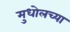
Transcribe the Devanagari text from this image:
मुधोलच्या